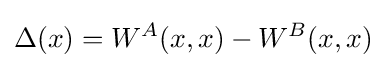
\Delta (x)=W^{A}(x,x)-W^{B}(x,x)